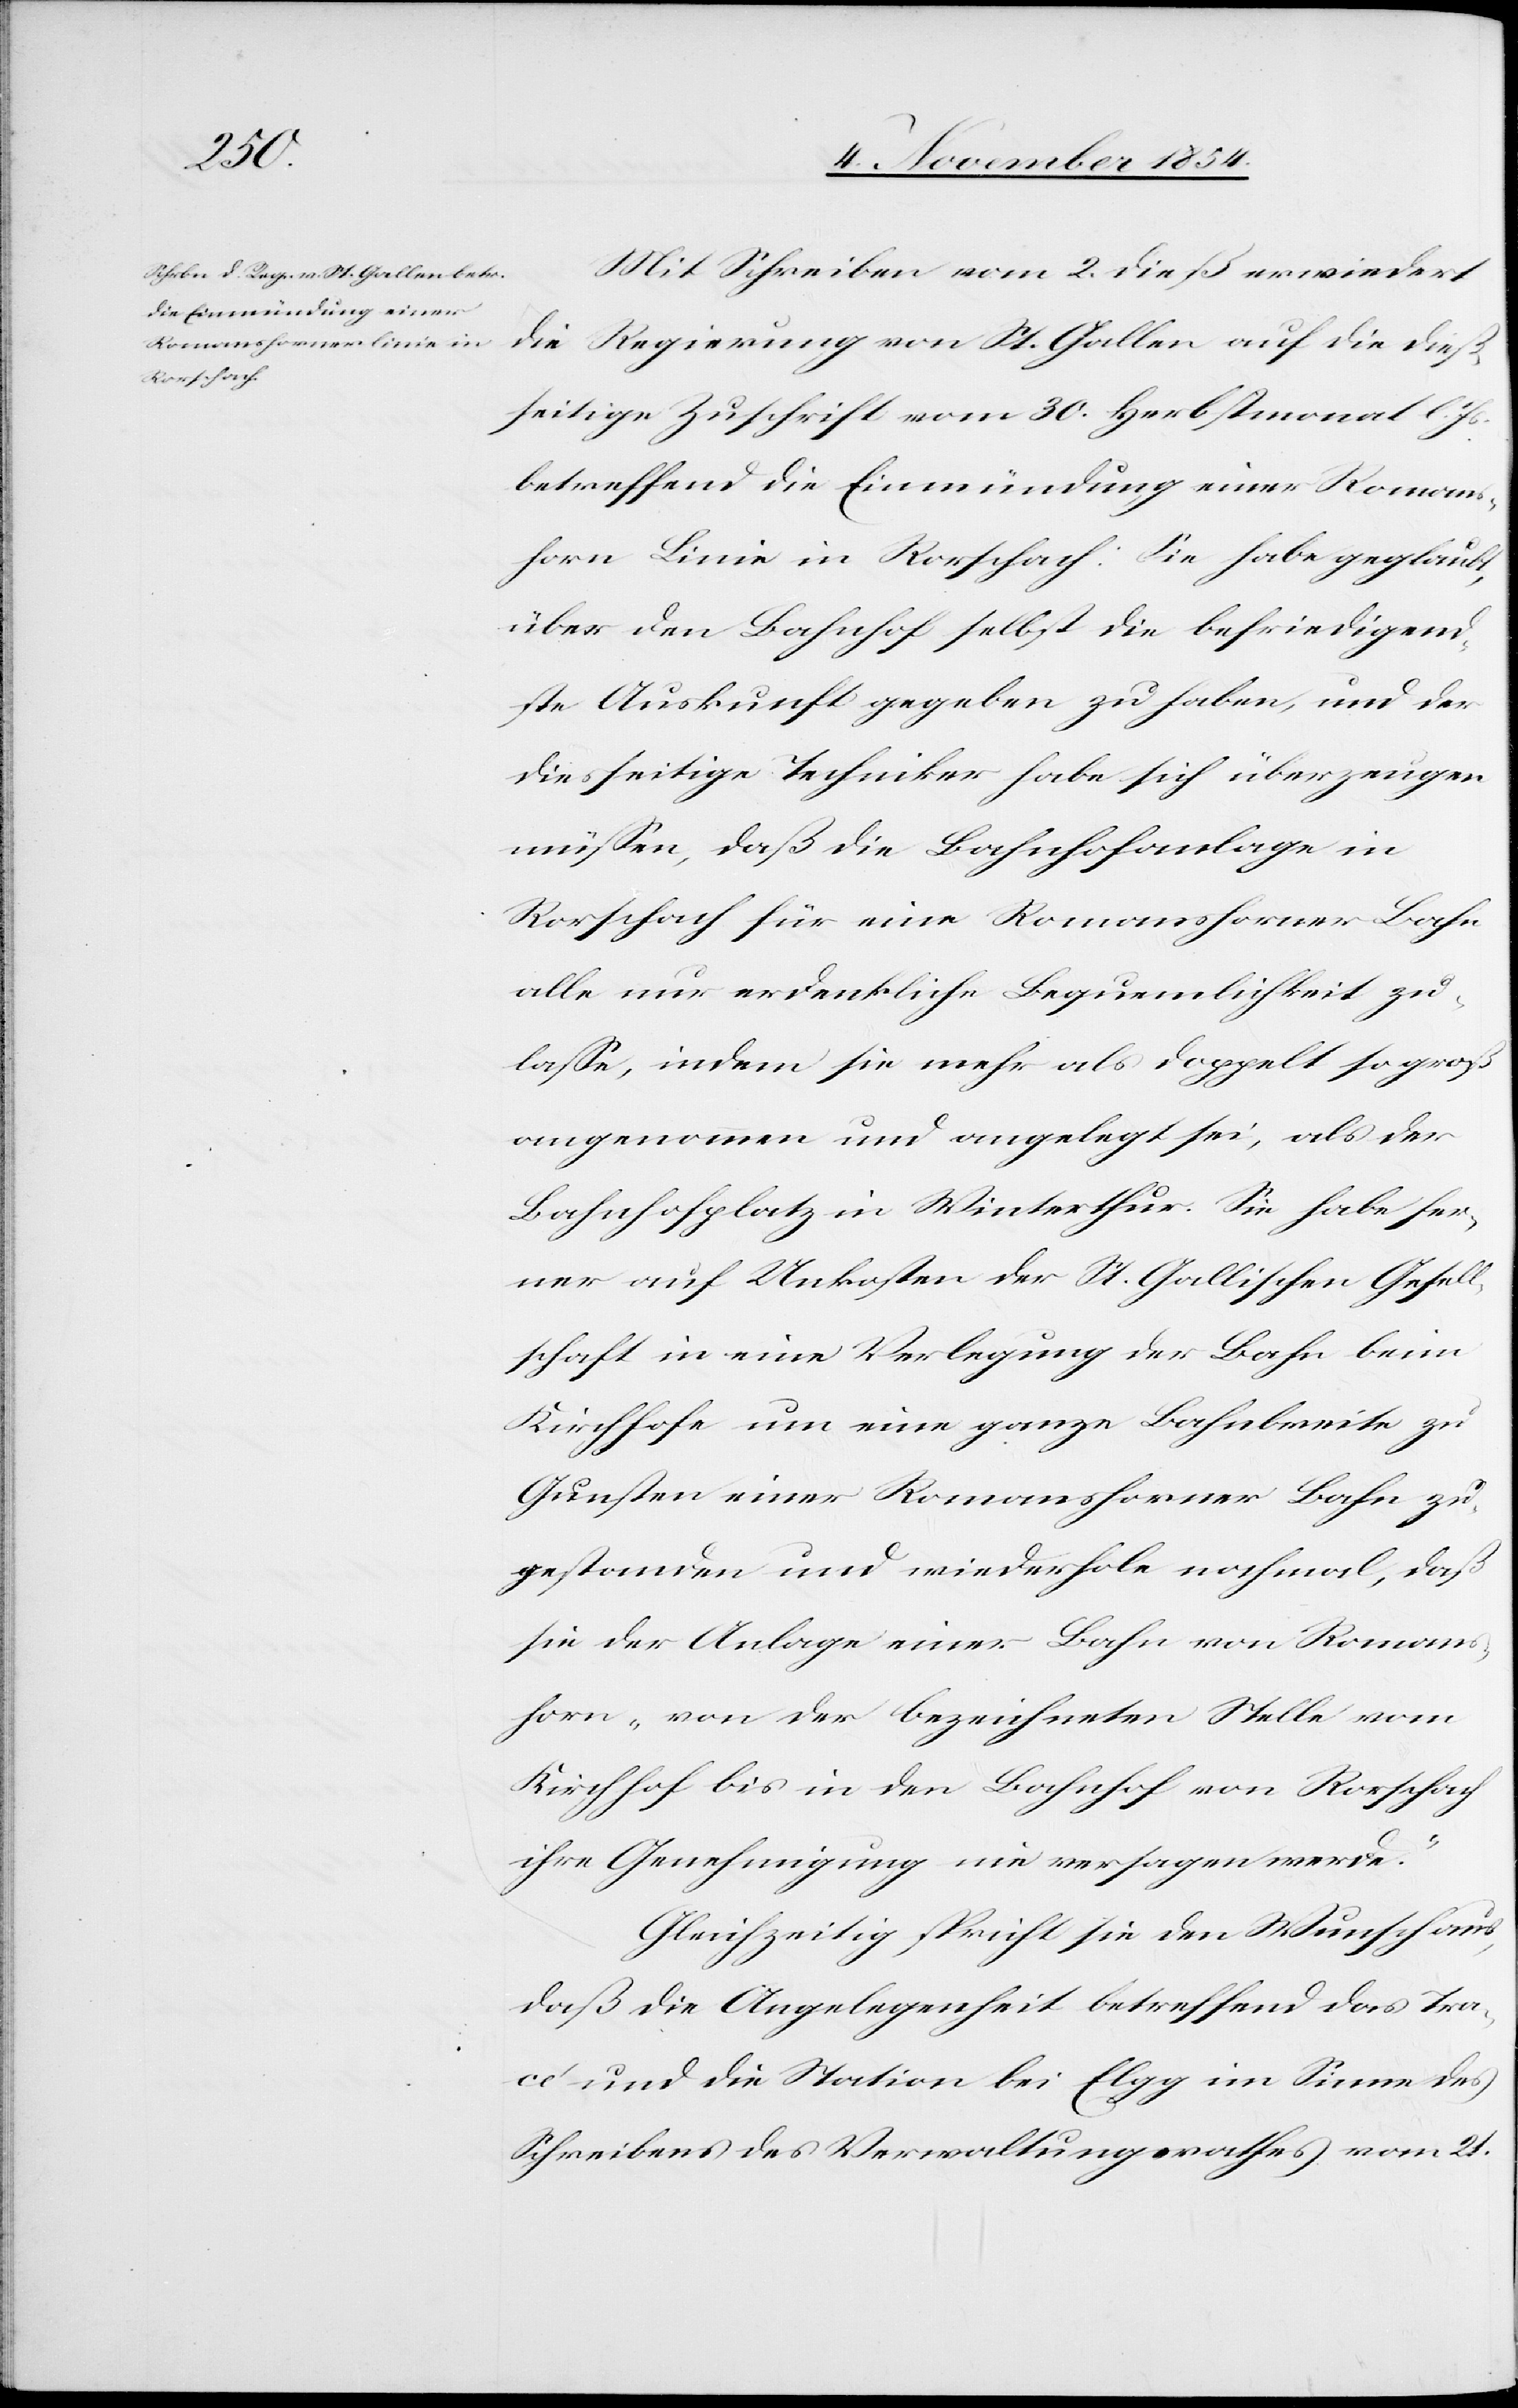
Mit Schreiben vom 2. dieß erwiedert
die
Regierung von St. Gallen auf die dieß¬
seitige Zuschrift vom 30. Herbstmonat l.
betreffend die Einmündung einer Romans¬
horn Linie in Rorschach. Sie habe geglaubt,
über den Bahnhof selbst die befriedigend¬
ste Auskunft gegeben zu haben, und der
diesseitige Techniker habe sich überzeugen
müßen, daß die Bahnhofanlage in
Rorschach für eine Romanshorner Bahn
alle nur erdenkliche Bequemlichkeit zu¬
laßen, indem sie mehr als doppelt so groß
angenommen und angelegt sei, als der
Bahnhofplatz in Winterthur. Sie habe fer¬
ner auf Unkosten der St. Gallischen Gesell¬
schaft in eine Verlegung der Bahn beim
Kirchhofe um eine ganze Bahnbreite zu
Gunsten einer Romanshorner Bahn zu¬
gestanden und wiederhole nochmal, daß
sie der Anlage einer Bahn von Romans¬
horn „von der bezeichneten Stelle vom
Kirchhof bis in den Bahnhof von Rorschach
ihre Genehmigung nie versagen werde.“
Gleichzeitig spricht sie den Wunsch aus,
daß die Angelegenheit betreffend das Tra¬
cé und die Station bei Elgg im Sinne des
Schreibens des Verwaltungsrathes vom 21.